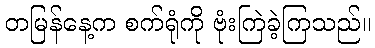
တမြန်နေ့က စက်ရုံကို ဗုံးကြဲခဲ့ကြသည်။